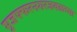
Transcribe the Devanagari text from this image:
मुजफ्फरनगरजवळच्या